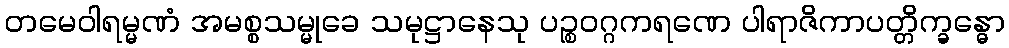
တမေဝါရမ္မဏံ အမစ္စသမ္မုခေ သမုဋ္ဌာနေသု ပဉ္စဝဂ္ဂကရဏေ ပါရာဇိကာပတ္တိက္ခန္ဓော